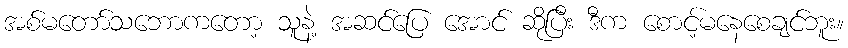
အစ်မတော်သဘောကတော့ သူနဲ့ အဆင်ပြေ အောင် ဆိုပြီး ဒီက စောင့်မနေစေချင်ဘူး။